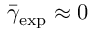
\bar { \gamma } _ { \mathrm { e x p } } \approx 0